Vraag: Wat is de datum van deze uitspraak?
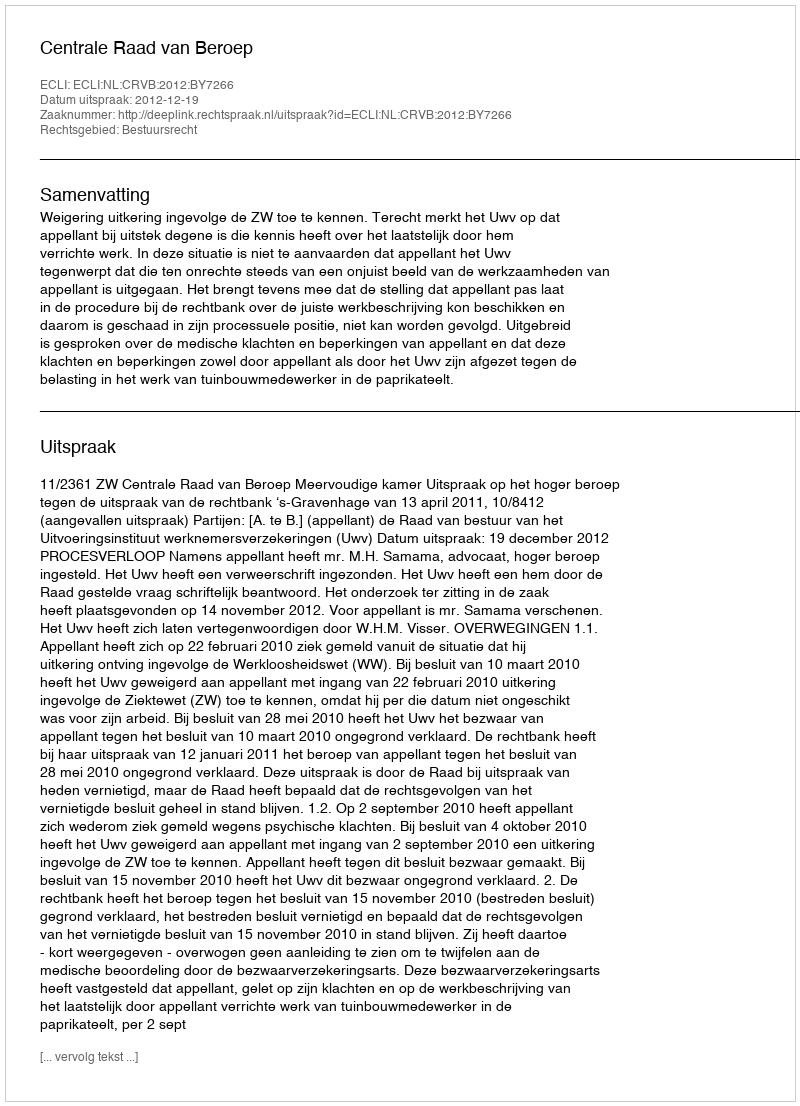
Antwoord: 2012-12-19